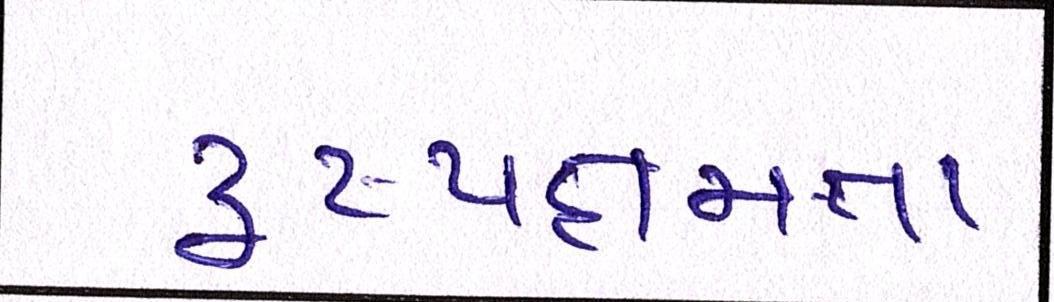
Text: દ્રષ્યક્ષમતા